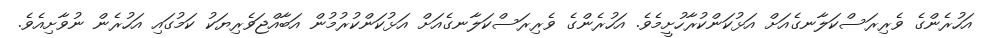
އަހުރެންގެ ވެރިރަސްކަލާނގެއަށް އަޅުކަންކުރާހުށީމެވެ. އަހުރެންގެ ވެރިރަސްކަލާނގެއަށް އަޅުކަންކުރުމުން އަބާއްޖަވެރިޔަކު ކަމުގައި އަހުރެން ނުވާށިއެވެ.